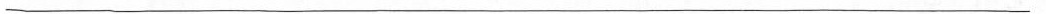
___